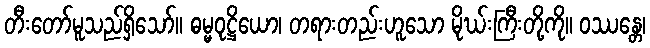
တီးတော်မူသည်ရှိသော်။ ဓမ္မဝုဋ္ဌိယော၊ တရားတည်းဟူသော မိုဃ်းကြီးတို့ကို။ ဝဿန္တေ၊